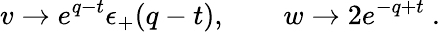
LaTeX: v\to e^{q-t}\epsilon_{+}(q-t),\qquad w\to 2e^{-q+t}\ .